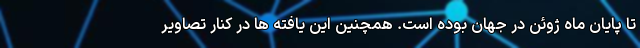
تا پایان ماه ژوئن در جهان بوده است. همچنین این یافته ها در کنار تصاویر